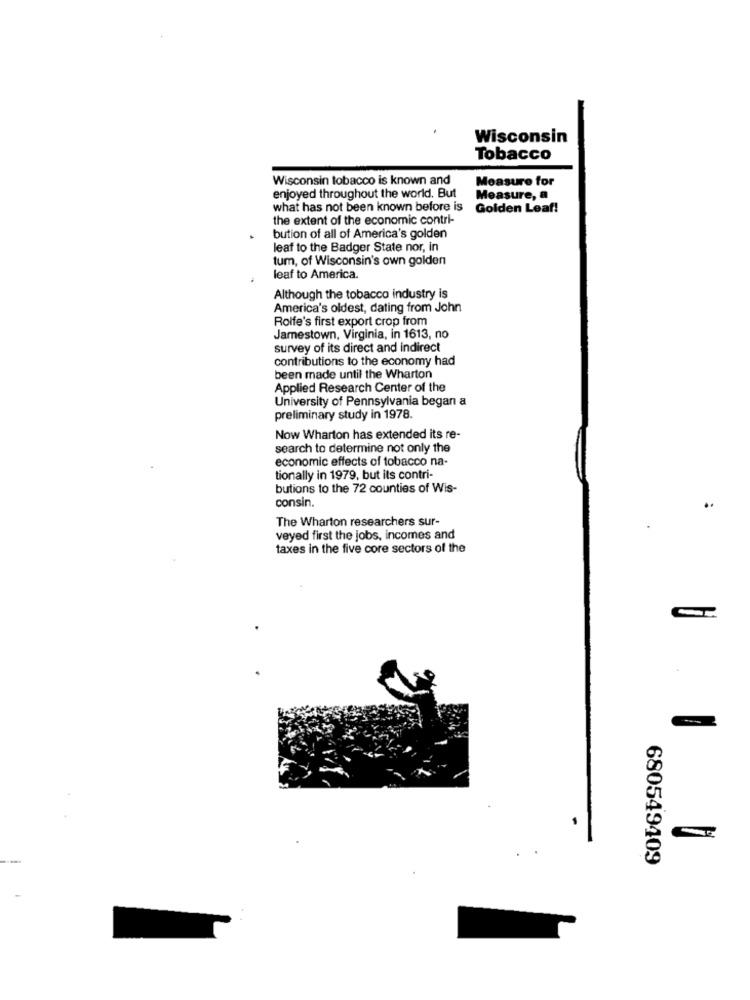
Wisconsin
Tobacco
Wisconsin tobacco is known and
Measure for
enjoyed throughout the world. But
Measure, a
what has not been known before is
Golden Leaf!
the extent of the economic contri-
bution of all of America's golden
leaf to the Badger State nor, in
tum, of Wisconsin's own golden
leaf to America.
Although the tobacco industry is
America's oldest, dating from John
Rolfe's first export crop from
Jamestown, Virginia, in 1613, no
survey of its direct and indirect
contributions to the economy had
been made until the Wharton
Applied Research Center of the
University of Pennsylvania began a
preliminary study in 1978.
Now Wharton has extended its re-
search to determine not only the
economic effects of tobacco na-
tionally in 1979, but its contri-
butions to the 72 counties of Wis-
consin.
The Wharton researchers sur-
veyed first the jobs, incomes and
taxes in the five core sectors of the
680549409